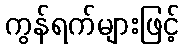
ကွန်ရက်များဖြင့်